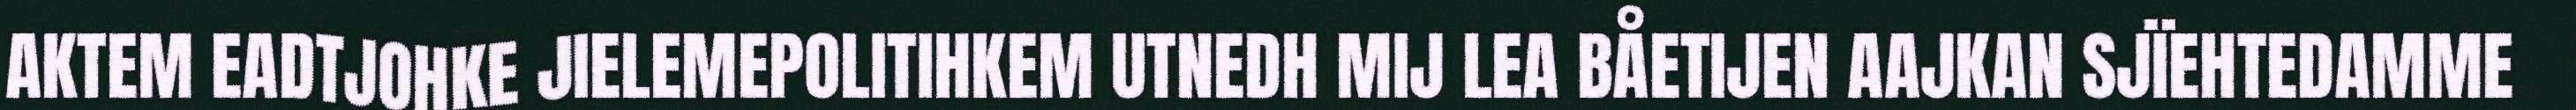
AKTEM EADTJOHKE JIELEMEPOLITIHKEM UTNEDH MIJ LEA BÅETIJEN AAJKAN SJÏEHTEDAMME